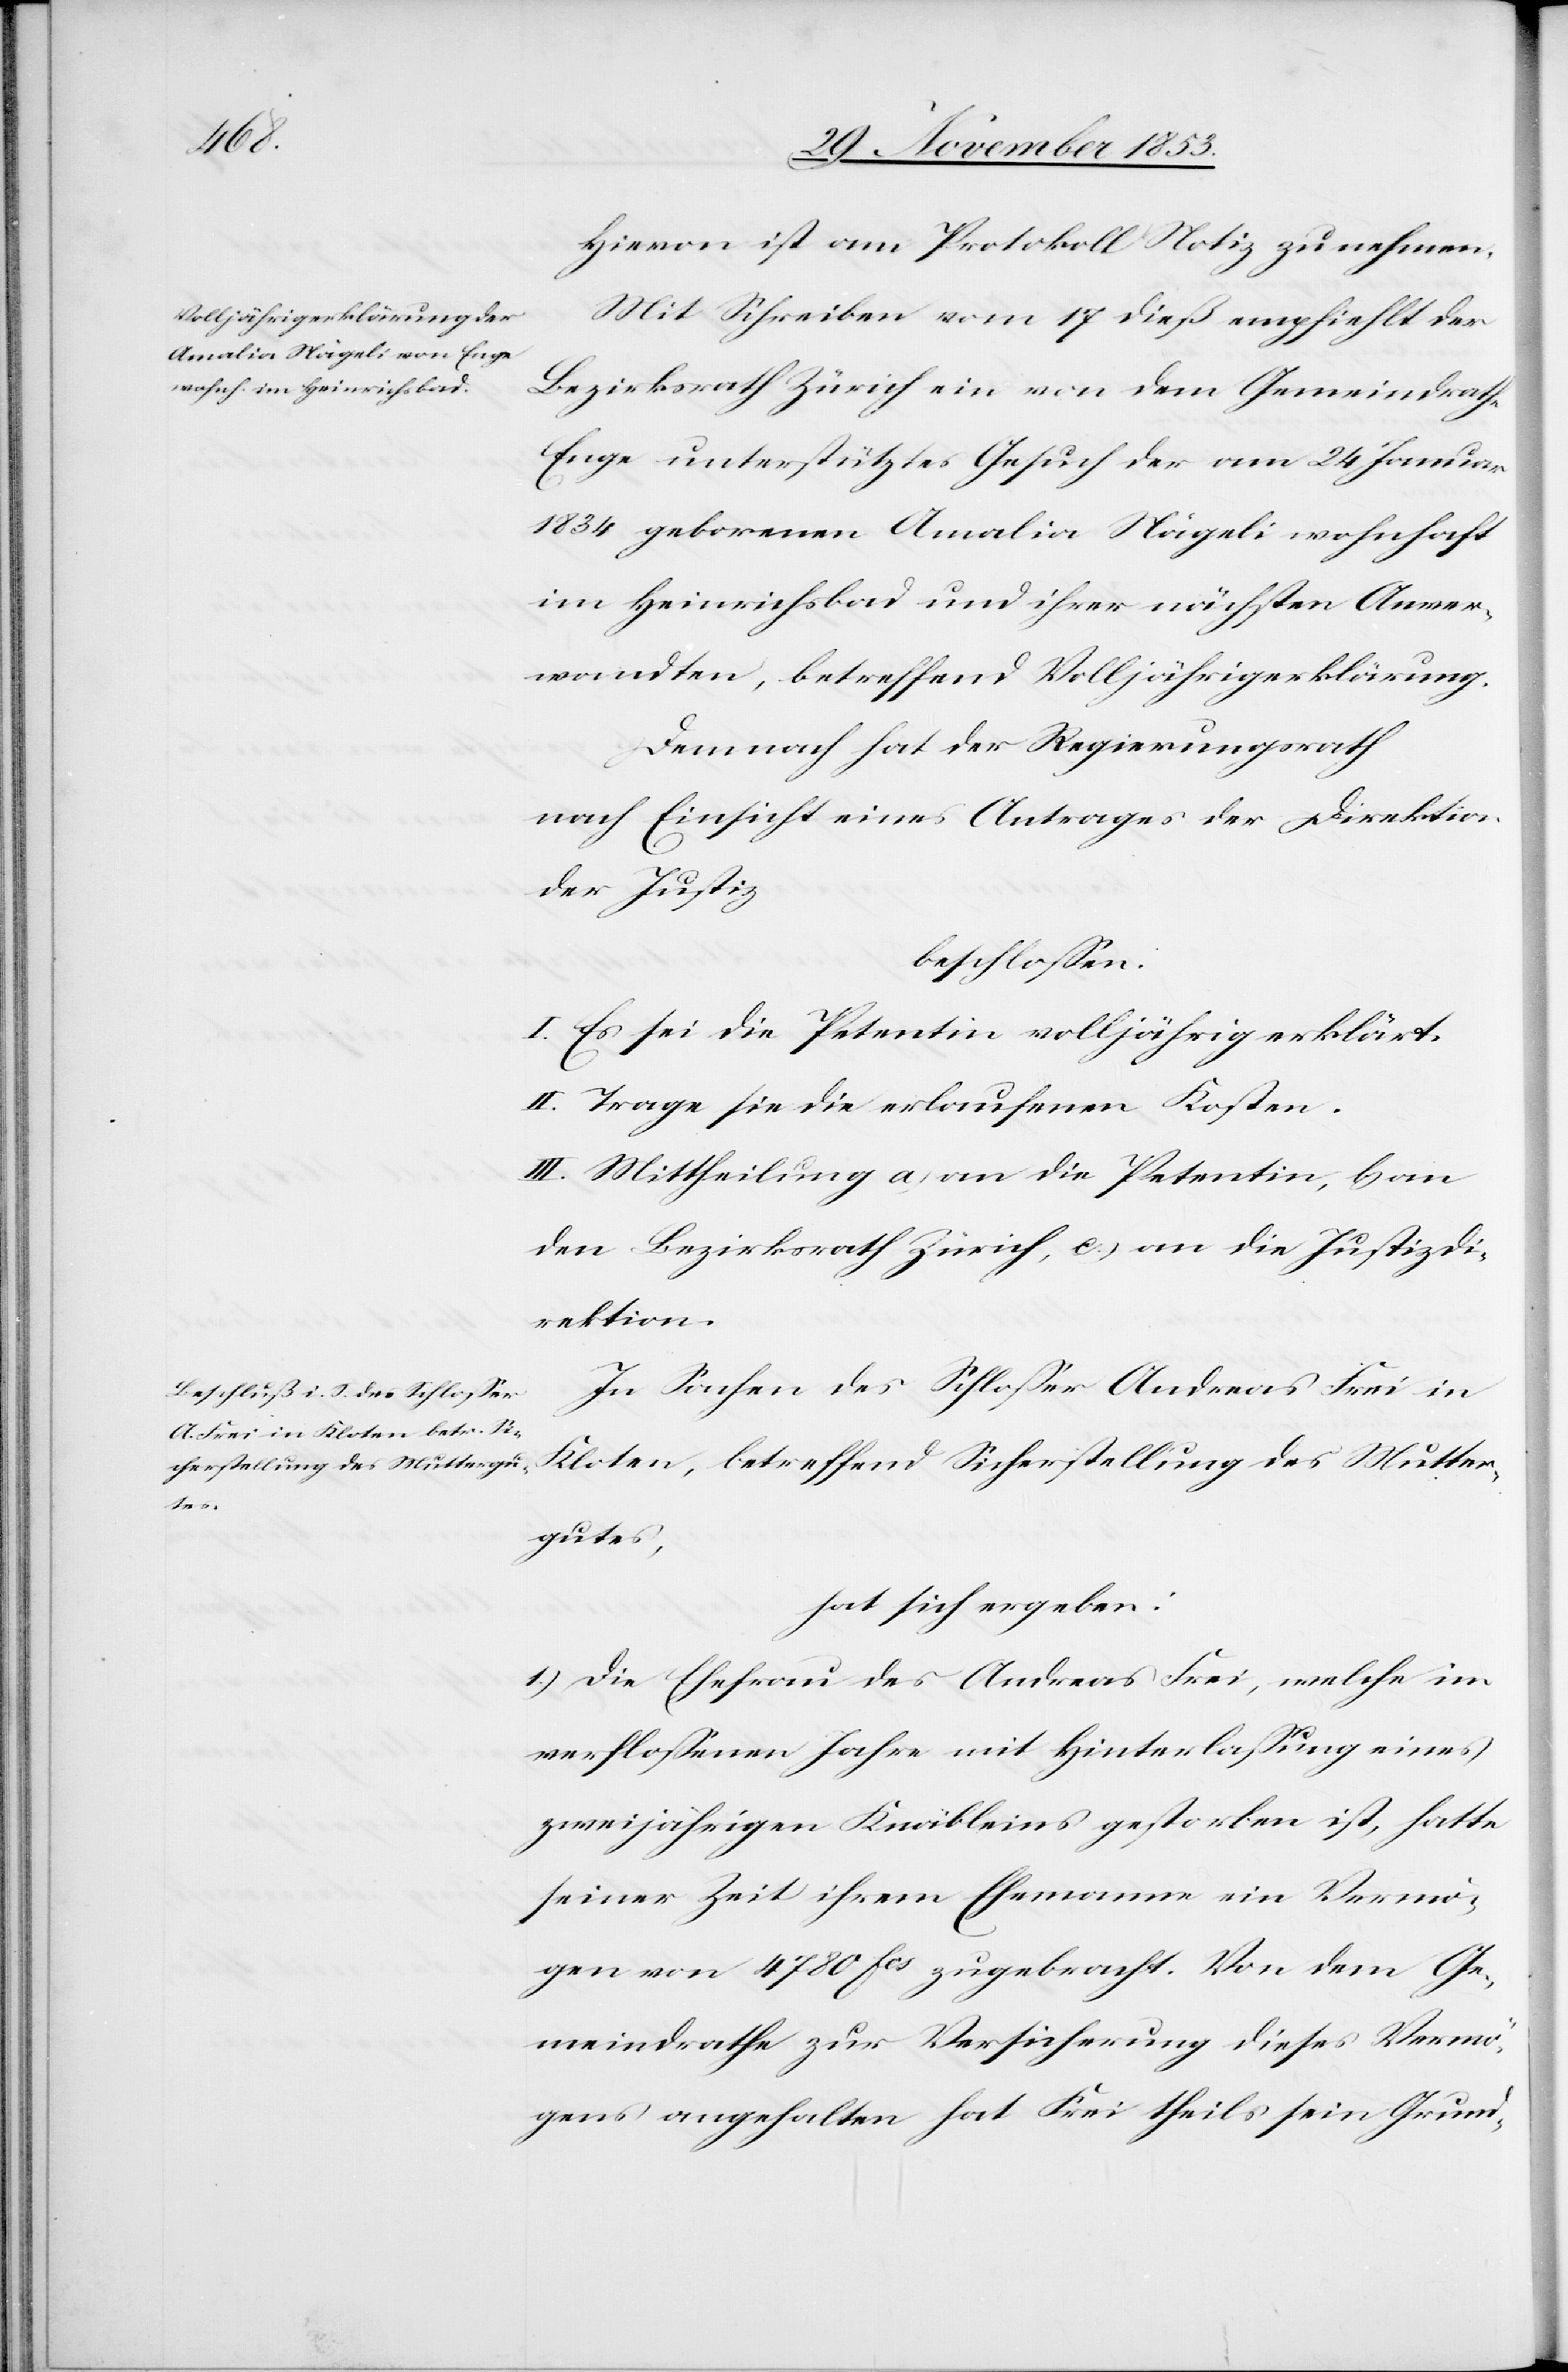
Hievon ist am Protokoll Notiz zu nehmen.
Mit Schreiben vom 17 dieß empfiehlt der
Bezirksrath Zürich ein von dem Gemeindrathe
Enge unterstütztes Gesuch der am 24 Januar
1834 geborenen Amalia Nägeli wohnhaft
im Heinrichsbad und ihrer nächsten Anver¬
wandten, betreffend Volljährigkeitserklärung.
Demnach hat der Regierungsrath
nach Einsicht eines Antrages der Direktion
der Justiz,
beschloßen:
I. Es sei die Petentin volljährig erklärt.
II. Trage sie die erlaufenen Kosten.
III. Mittheilung a) an die Petentin, b) an
den Bezirksrath Zürich, c) an die Justizdi¬
rektion.
In Sachen des Schloßer Andreas Frei in
Kloten, betreffend Sicherstellung des Mutter¬
gutes,
hat sich ergeben:
1.) Die Ehefrau des Andreas Frei, welche im
verfloßenen Jahre mit Hinterlaßung eines
zweijährigen Knäbleins gestorben ist, hatte
seiner Zeit ihrem Ehemanne ein Vermö¬
gen von 4780 fcs zugebracht. Von dem Ge¬
meindrathe zur Versicherung dieses Vermö¬
gens angehalten hat Frei theils sein Grund-